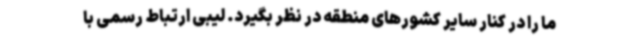
ما را در کنار سایر کشورهای منطقه در نظر بگیرد. لیبی ارتباط رسمی با